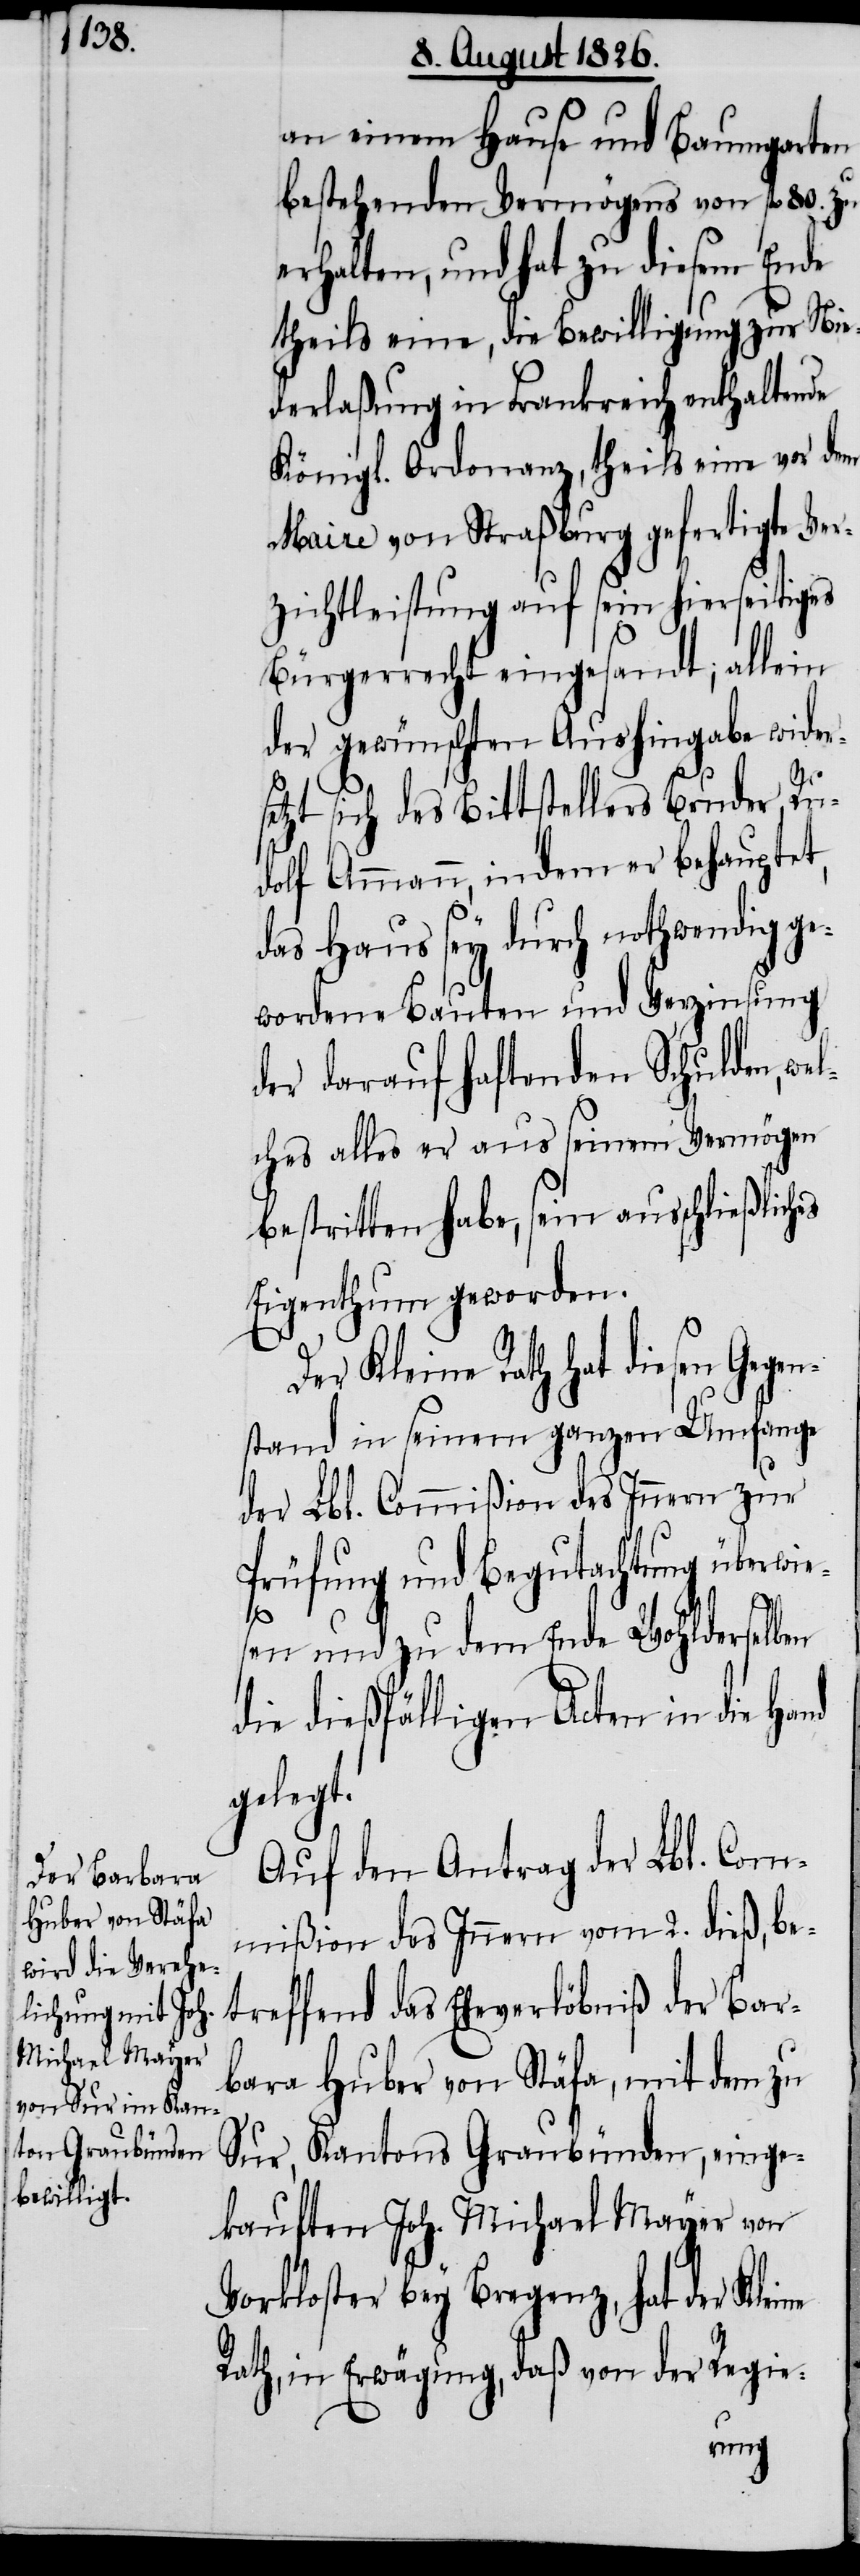
an einem Hause und Baumgarten
n¬
bestehenden Vermögens von fl. 80. zu
erhalten, und hat zu diesem Ende
theils eine, die Bewilligung zur Nie¬
derlaßung in Frankreich enthaltende
Königl. Ordonanz, theils eine vor dem
Maire von Straßburg gefertigte Ver¬
zichtleistung auf sein hierseitiges
Bürgerrecht eingesandt; allein
der gewünschten Aushingabe wider¬
setzt sich des Bittstellers Bruder, Ru¬
dolf Ammann, indem er behauptet,
das Haus sey durch nothwendig ge¬
wordene Bauten und Verzinsung
der darauf haftenden Schulden, we¬
lches alles er aus seinem Vermögen
bestritten habe, sein ausschließliches
Eigenthum geworden.
Der Kleine Rath hat diesen Gege¬
stand in seinem ganzen Umfange
der Lbl. Commißion des Innern zur
Prüfung und Begutachtung überwie¬
sen und zu dem Ende Wohlderselben
die dießfälligen Acten in die Hand
gelegt.
Auf den Antrag der Lbl. Com¬
mißion des Innern vom 2. dieß, be¬
treffend das Eheverlöbniß der Bar¬
bara Huber von Stäfa, mit dem zu
Sur, Kantons Graubünden, einge¬
kauften Joh. Michael Mayer von
Vorkloster bey Bregenz, hat der Kleine
Rath, in Erwägung, daß von der Regie-